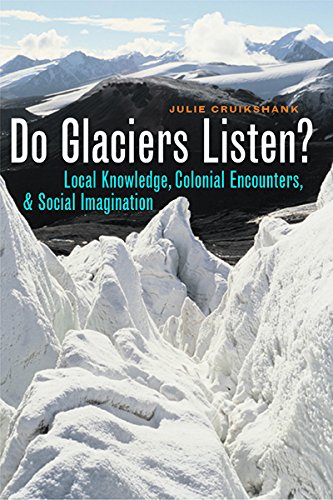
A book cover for Do Glaciers Listen?: Local Knowledge, Colonial Encounters, and Social Imagination (Canadian Studies Series); Julie Cruikshank; History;